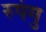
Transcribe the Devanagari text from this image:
रुषंगु